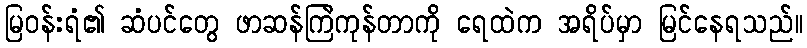
မြဝန်းရံ၏ ဆံပင်တွေ ဖာဆန်ကြဲကုန်တာကို ရေထဲက အရိပ်မှာ မြင်နေရသည်။